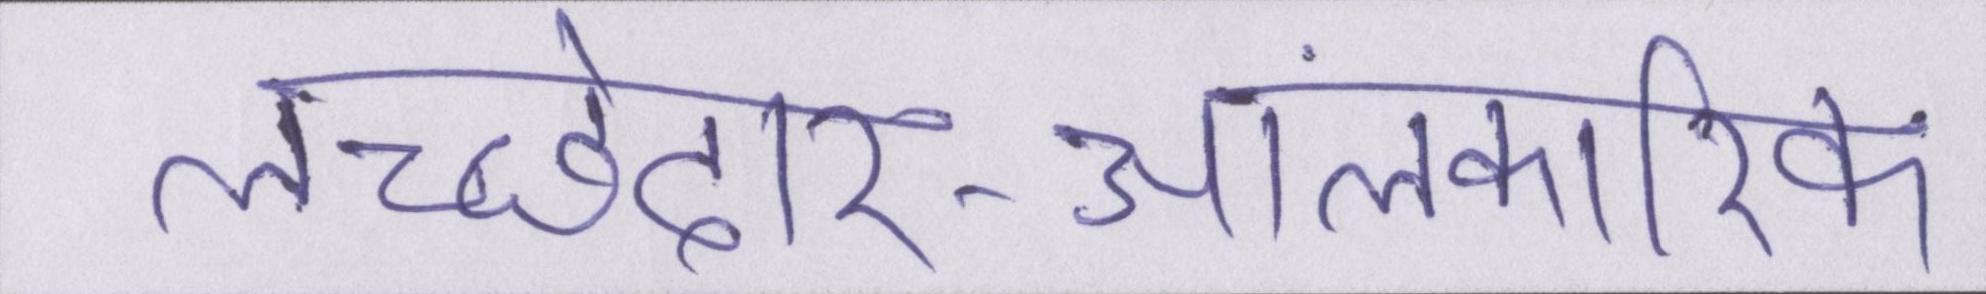
लच्छेदार-आलंकारिक